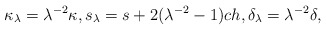
\begin{align*} \kappa_{\lambda} = \lambda^{-2} \kappa, s_{\lambda} = s + 2 (\lambda^{-2} -1) c h, \delta_{\lambda} = \lambda^{-2} \delta,\end{align*}